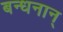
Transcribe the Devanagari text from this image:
बन्‍धनान्